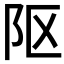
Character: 𨸟